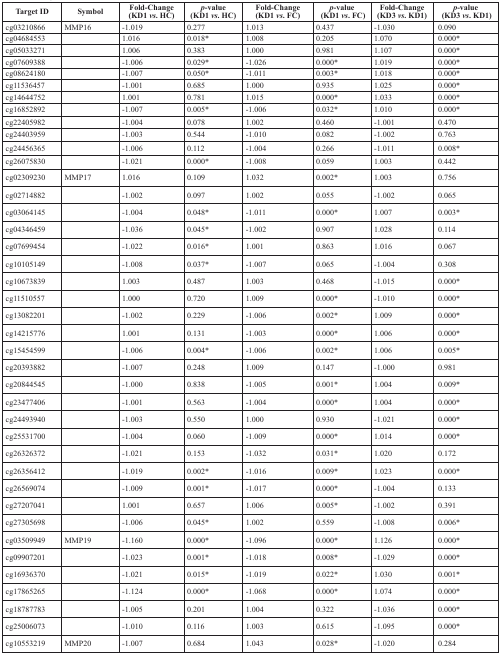
<table><thead><tr><td rowspan="2"><b>Target ID</b></td><td rowspan="2"><b>Symbol</b></td><td><b>Fold-Change</b></td><td><b><i>p</i>-value</b></td><td><b>Fold-Change</b></td><td><b><i>p</i>-value</b></td><td><b>Fold-Change</b></td><td><b><i>p</i>-value</b></td></tr><tr><td><b>(KD1 <i>vs</i>. HC)</b></td><td><b>(KD1 <i>vs</i>. HC)</b></td><td><b>(KD1 <i>vs</i>. FC)</b></td><td><b>(KD1 <i>vs</i>. FC)</b></td><td><b>(KD3 <i>vs</i>. KD1)</b></td><td><b>(KD3 <i>vs</i>. KD1)</b></td></tr></thead><tbody><tr><td>cg03210866</td><td>MMP16</td><td>-1.019</td><td>0.277</td><td>1.013</td><td>0.437</td><td>-1.030</td><td>0.090</td></tr><tr><td>cg04684553</td><td></td><td>1.016</td><td>0.018*</td><td>1.008</td><td>0.205</td><td>1.070</td><td>0.000*</td></tr><tr><td>cg05033271</td><td></td><td>1.006</td><td>0.383</td><td>1.000</td><td>0.981</td><td>1.107</td><td>0.000*</td></tr><tr><td>cg07609388</td><td></td><td>-1.006</td><td>0.029*</td><td>-1.026</td><td>0.000*</td><td>1.019</td><td>0.000*</td></tr><tr><td>cg08624180</td><td></td><td>-1.007</td><td>0.050*</td><td>-1.011</td><td>0.003*</td><td>1.018</td><td>0.000*</td></tr><tr><td>cg11536457</td><td></td><td>-1.001</td><td>0.685</td><td>1.000</td><td>0.935</td><td>1.025</td><td>0.000*</td></tr><tr><td>cg14644752</td><td></td><td>1.001</td><td>0.781</td><td>1.015</td><td>0.000*</td><td>1.033</td><td>0.000*</td></tr><tr><td>cg16852892</td><td></td><td>-1.007</td><td>0.005*</td><td>-1.006</td><td>0.032*</td><td>1.010</td><td>0.000*</td></tr><tr><td>cg22405982</td><td></td><td>-1.004</td><td>0.078</td><td>1.002</td><td>0.460</td><td>-1.001</td><td>0.470</td></tr><tr><td>cg24403959</td><td></td><td>-1.003</td><td>0.544</td><td>-1.010</td><td>0.082</td><td>-1.002</td><td>0.763</td></tr><tr><td>cg24456365</td><td></td><td>-1.006</td><td>0.112</td><td>-1.004</td><td>0.266</td><td>-1.011</td><td>0.008*</td></tr><tr><td>cg26075830</td><td></td><td>-1.021</td><td>0.000*</td><td>-1.008</td><td>0.059</td><td>1.003</td><td>0.442</td></tr><tr><td>cg02309230</td><td>MMP17</td><td>1.016</td><td>0.109</td><td>1.032</td><td>0.002*</td><td>1.003</td><td>0.756</td></tr><tr><td>cg02714882</td><td></td><td>-1.002</td><td>0.097</td><td>1.002</td><td>0.055</td><td>-1.002</td><td>0.065</td></tr><tr><td>cg03064145</td><td></td><td>-1.004</td><td>0.048*</td><td>-1.011</td><td>0.000*</td><td>1.007</td><td>0.003*</td></tr><tr><td>cg04346459</td><td></td><td>-1.036</td><td>0.045*</td><td>-1.002</td><td>0.907</td><td>1.028</td><td>0.114</td></tr><tr><td>cg07699454</td><td></td><td>-1.022</td><td>0.016*</td><td>1.001</td><td>0.863</td><td>1.016</td><td>0.067</td></tr><tr><td>cg10105149</td><td></td><td>-1.008</td><td>0.037*</td><td>-1.007</td><td>0.065</td><td>-1.004</td><td>0.308</td></tr><tr><td>cg10673839</td><td></td><td>1.003</td><td>0.487</td><td>1.003</td><td>0.468</td><td>-1.015</td><td>0.000*</td></tr><tr><td>cg11510557</td><td></td><td>1.000</td><td>0.720</td><td>1.009</td><td>0.000*</td><td>-1.010</td><td>0.000*</td></tr><tr><td>cg13082201</td><td></td><td>-1.002</td><td>0.229</td><td>-1.006</td><td>0.002*</td><td>1.009</td><td>0.000*</td></tr><tr><td>cg14215776</td><td></td><td>1.001</td><td>0.131</td><td>-1.003</td><td>0.000*</td><td>1.006</td><td>0.000*</td></tr><tr><td>cg15454599</td><td></td><td>-1.006</td><td>0.004*</td><td>-1.006</td><td>0.002*</td><td>1.006</td><td>0.005*</td></tr><tr><td>cg20393882</td><td></td><td>-1.007</td><td>0.248</td><td>1.009</td><td>0.147</td><td>-1.000</td><td>0.981</td></tr><tr><td>cg20844545</td><td></td><td>-1.000</td><td>0.838</td><td>-1.005</td><td>0.001*</td><td>1.004</td><td>0.009*</td></tr><tr><td>cg23477406</td><td></td><td>-1.001</td><td>0.563</td><td>-1.004</td><td>0.000*</td><td>1.004</td><td>0.000*</td></tr><tr><td>cg24493940</td><td></td><td>-1.003</td><td>0.550</td><td>1.000</td><td>0.930</td><td>-1.021</td><td>0.000*</td></tr><tr><td>cg25531700</td><td></td><td>-1.004</td><td>0.060</td><td>-1.009</td><td>0.000*</td><td>1.014</td><td>0.000*</td></tr><tr><td>cg26326372</td><td></td><td>-1.021</td><td>0.153</td><td>-1.032</td><td>0.031*</td><td>1.020</td><td>0.172</td></tr><tr><td>cg26356412</td><td></td><td>-1.019</td><td>0.002*</td><td>-1.016</td><td>0.009*</td><td>1.023</td><td>0.000*</td></tr><tr><td>cg26569074</td><td></td><td>-1.009</td><td>0.001*</td><td>-1.017</td><td>0.000*</td><td>-1.004</td><td>0.133</td></tr><tr><td>cg27207041</td><td></td><td>1.001</td><td>0.657</td><td>1.006</td><td>0.005*</td><td>-1.002</td><td>0.391</td></tr><tr><td>cg27305698</td><td></td><td>-1.006</td><td>0.045*</td><td>1.002</td><td>0.559</td><td>-1.008</td><td>0.006*</td></tr><tr><td>cg03509949</td><td>MMP19</td><td>-1.160</td><td>0.000*</td><td>-1.096</td><td>0.000*</td><td>1.126</td><td>0.000*</td></tr><tr><td>cg09907201</td><td></td><td>-1.023</td><td>0.001*</td><td>-1.018</td><td>0.008*</td><td>-1.029</td><td>0.000*</td></tr><tr><td>cg16936370</td><td></td><td>-1.021</td><td>0.015*</td><td>-1.019</td><td>0.022*</td><td>1.030</td><td>0.001*</td></tr><tr><td>cg17865265</td><td></td><td>-1.124</td><td>0.000*</td><td>-1.068</td><td>0.000*</td><td>1.074</td><td>0.000*</td></tr><tr><td>cg18787783</td><td></td><td>-1.005</td><td>0.201</td><td>1.004</td><td>0.322</td><td>-1.036</td><td>0.000*</td></tr><tr><td>cg25006073</td><td></td><td>-1.010</td><td>0.116</td><td>1.003</td><td>0.615</td><td>-1.095</td><td>0.000*</td></tr><tr><td>cg10553219</td><td>MMP20</td><td>-1.007</td><td>0.684</td><td>1.043</td><td>0.028*</td><td>-1.020</td><td>0.284</td></tr></tbody></table>